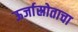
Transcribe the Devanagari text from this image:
ऊर्जास्रोताचा